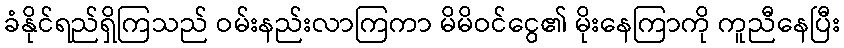
ခံနိုင်ရည်ရှိကြသည် ဝမ်းနည်းလာကြကာ မိမိဝင်ငွေ၏ မိုးနေကြာကို ကူညီနေပြီး